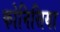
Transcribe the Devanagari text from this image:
फोनिसिया